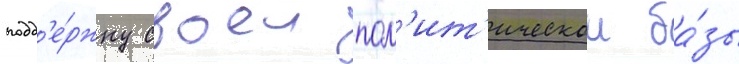
подд'е́ржку своеи пол'ит'ическои ба́зы